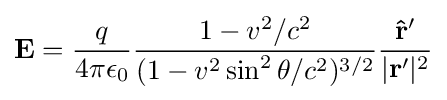
\mathbf {E} ={\frac {q}{4\pi \epsilon _{0}}}{\frac {1-v^{2}/c^{2}}{(1-v^{2}\sin ^{2}\theta /c^{2})^{3/2}}}{\frac {\mathbf {{\hat {r}}'} }{|\mathbf {r} '|^{2}}}